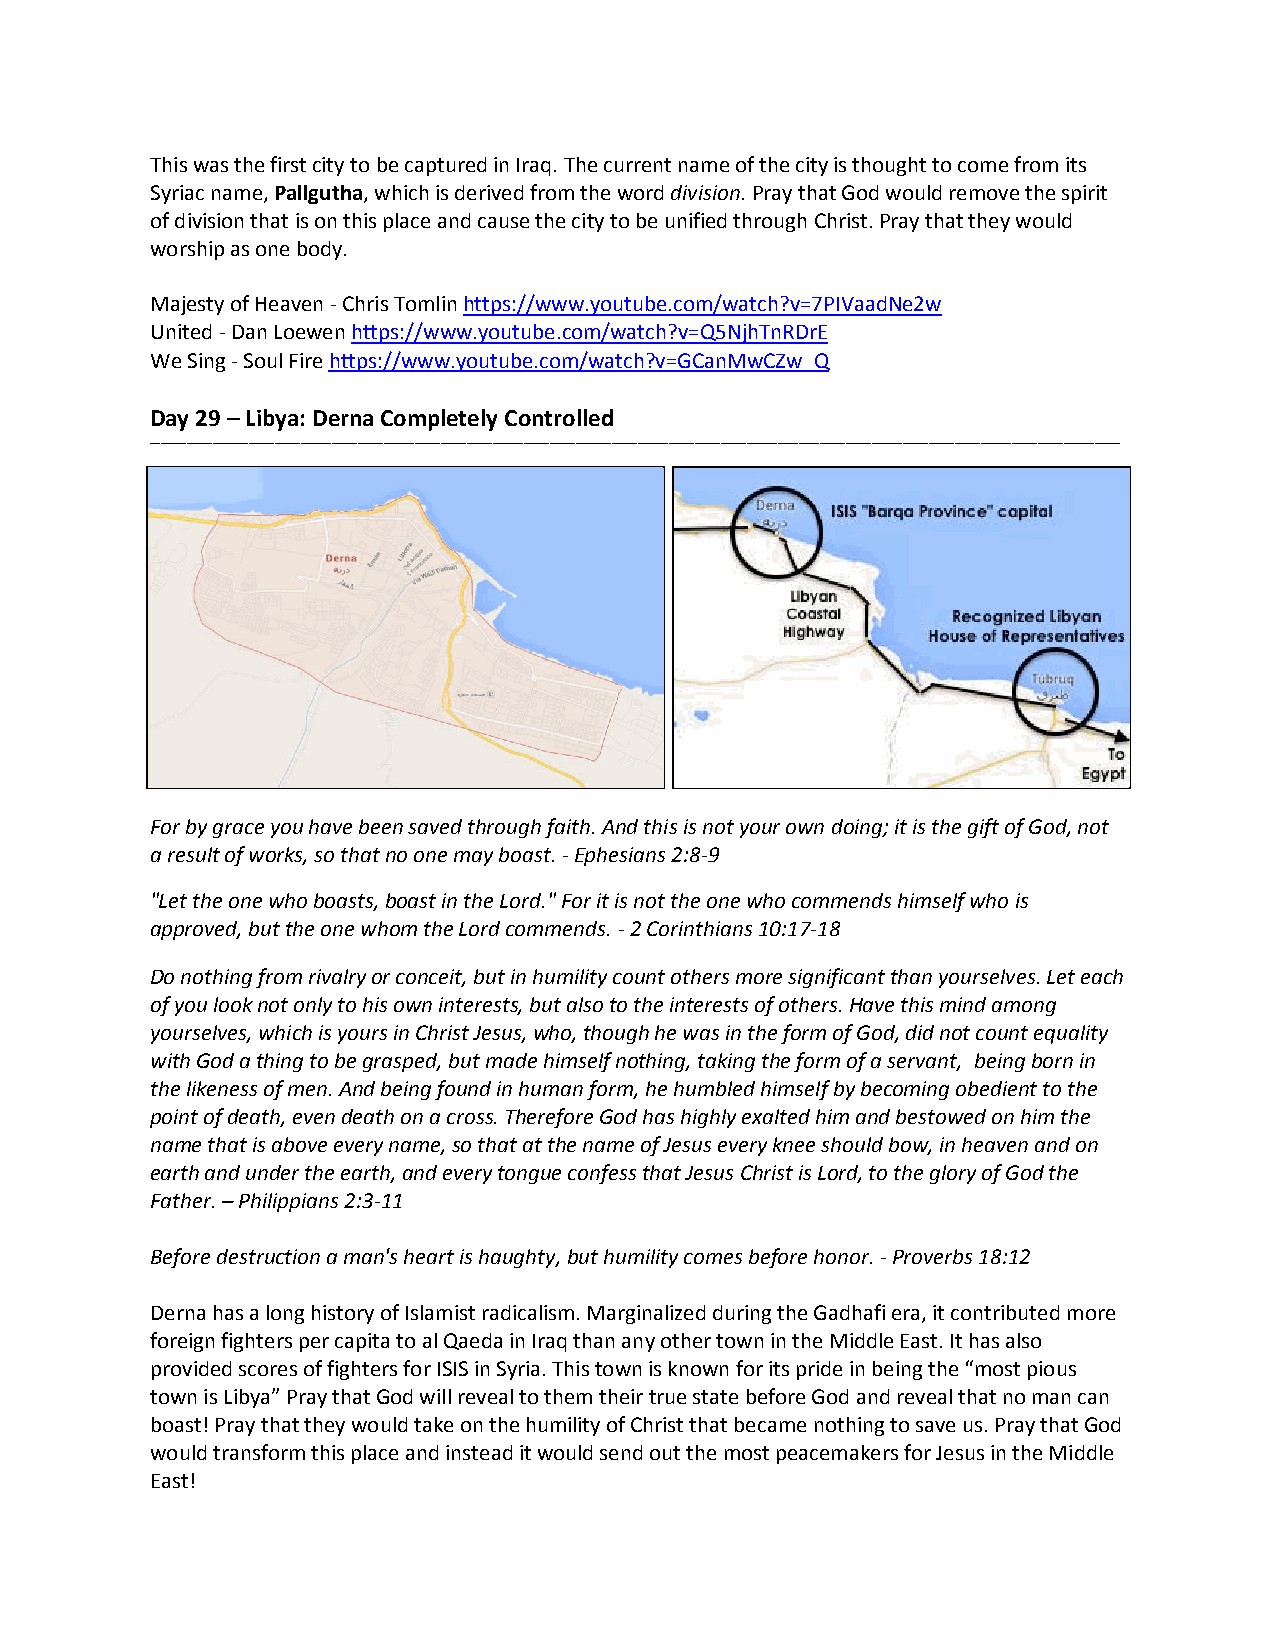
This was the first city to be captured in Iraq. The current name of the city is thought to come from its
 Syriac name, Pallgutha, which is derived from the word division. Pray that God would remove the spirit
 of division that is on this place and cause the city to be unified through Christ. Pray that they would
 worship as one body.
 Majesty of Heaven - Chris Tomlin https://www.youtube.com/watch?v=7PIVaadNe2w
 United - Dan Loewen https://www.youtube.com/watch?v=Q5NjhTnRDrE
 We Sing - Soul Fire https://www.youtube.com/watch?v=GCanMwCZw_Q
 Day 29 – Libya: Derna Completely Controlled
 ___________________________________________________________________________________________________________________________________________________________________________________________
 For by grace you have been saved through faith. And this is not your own doing; it is the gift of God, not
 a result of works, so that no one may boast. - Ephesians 2:8-9
 "Let the one who boasts, boast in the Lord." For it is not the one who commends himself who is
 approved, but the one whom the Lord commends. - 2 Corinthians 10:17-18
 Do nothing from rivalry or conceit, but in humility count others more significant than yourselves. Let each
 of you look not only to his own interests, but also to the interests of others. Have this mind among
 yourselves, which is yours in Christ Jesus, who, though he was in the form of God, did not count equality
 with God a thing to be grasped, but made himself nothing, taking the form of a servant, being born in
 the likeness of men. And being found in human form, he humbled himself by becoming obedient to the
 point of death, even death on a cross. Therefore God has highly exalted him and bestowed on him the
 name that is above every name, so that at the name of Jesus every knee should bow, in heaven and on
 earth and under the earth, and every tongue confess that Jesus Christ is Lord, to the glory of God the
 Father. – Philippians 2:3-11
 Before destruction a man's heart is haughty, but humility comes before honor. - Proverbs 18:12
 Derna has a long history of Islamist radicalism. Marginalized during the Gadhafi era, it contributed more
 foreign fighters per capita to al Qaeda in Iraq than any other town in the Middle East. It has also
 provided scores of fighters for ISIS in Syria. This town is known for its pride in being the “most pious
 town is Libya” Pray that God will reveal to them their true state before God and reveal that no man can
 boast! Pray that they would take on the humility of Christ that became nothing to save us. Pray that God
 would transform this place and instead it would send out the most peacemakers for Jesus in the Middle
 East!